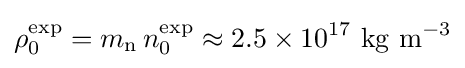
\rho _{0}^{\mathrm {exp} }=m_{\mathrm {n} }\,n_{0}^{\mathrm {exp} }\approx 2.5\times 10^{17}\ \mathrm {kg} \ \mathrm {m} ^{-3}